Leningradi_Edasi_toimetus, lk 30
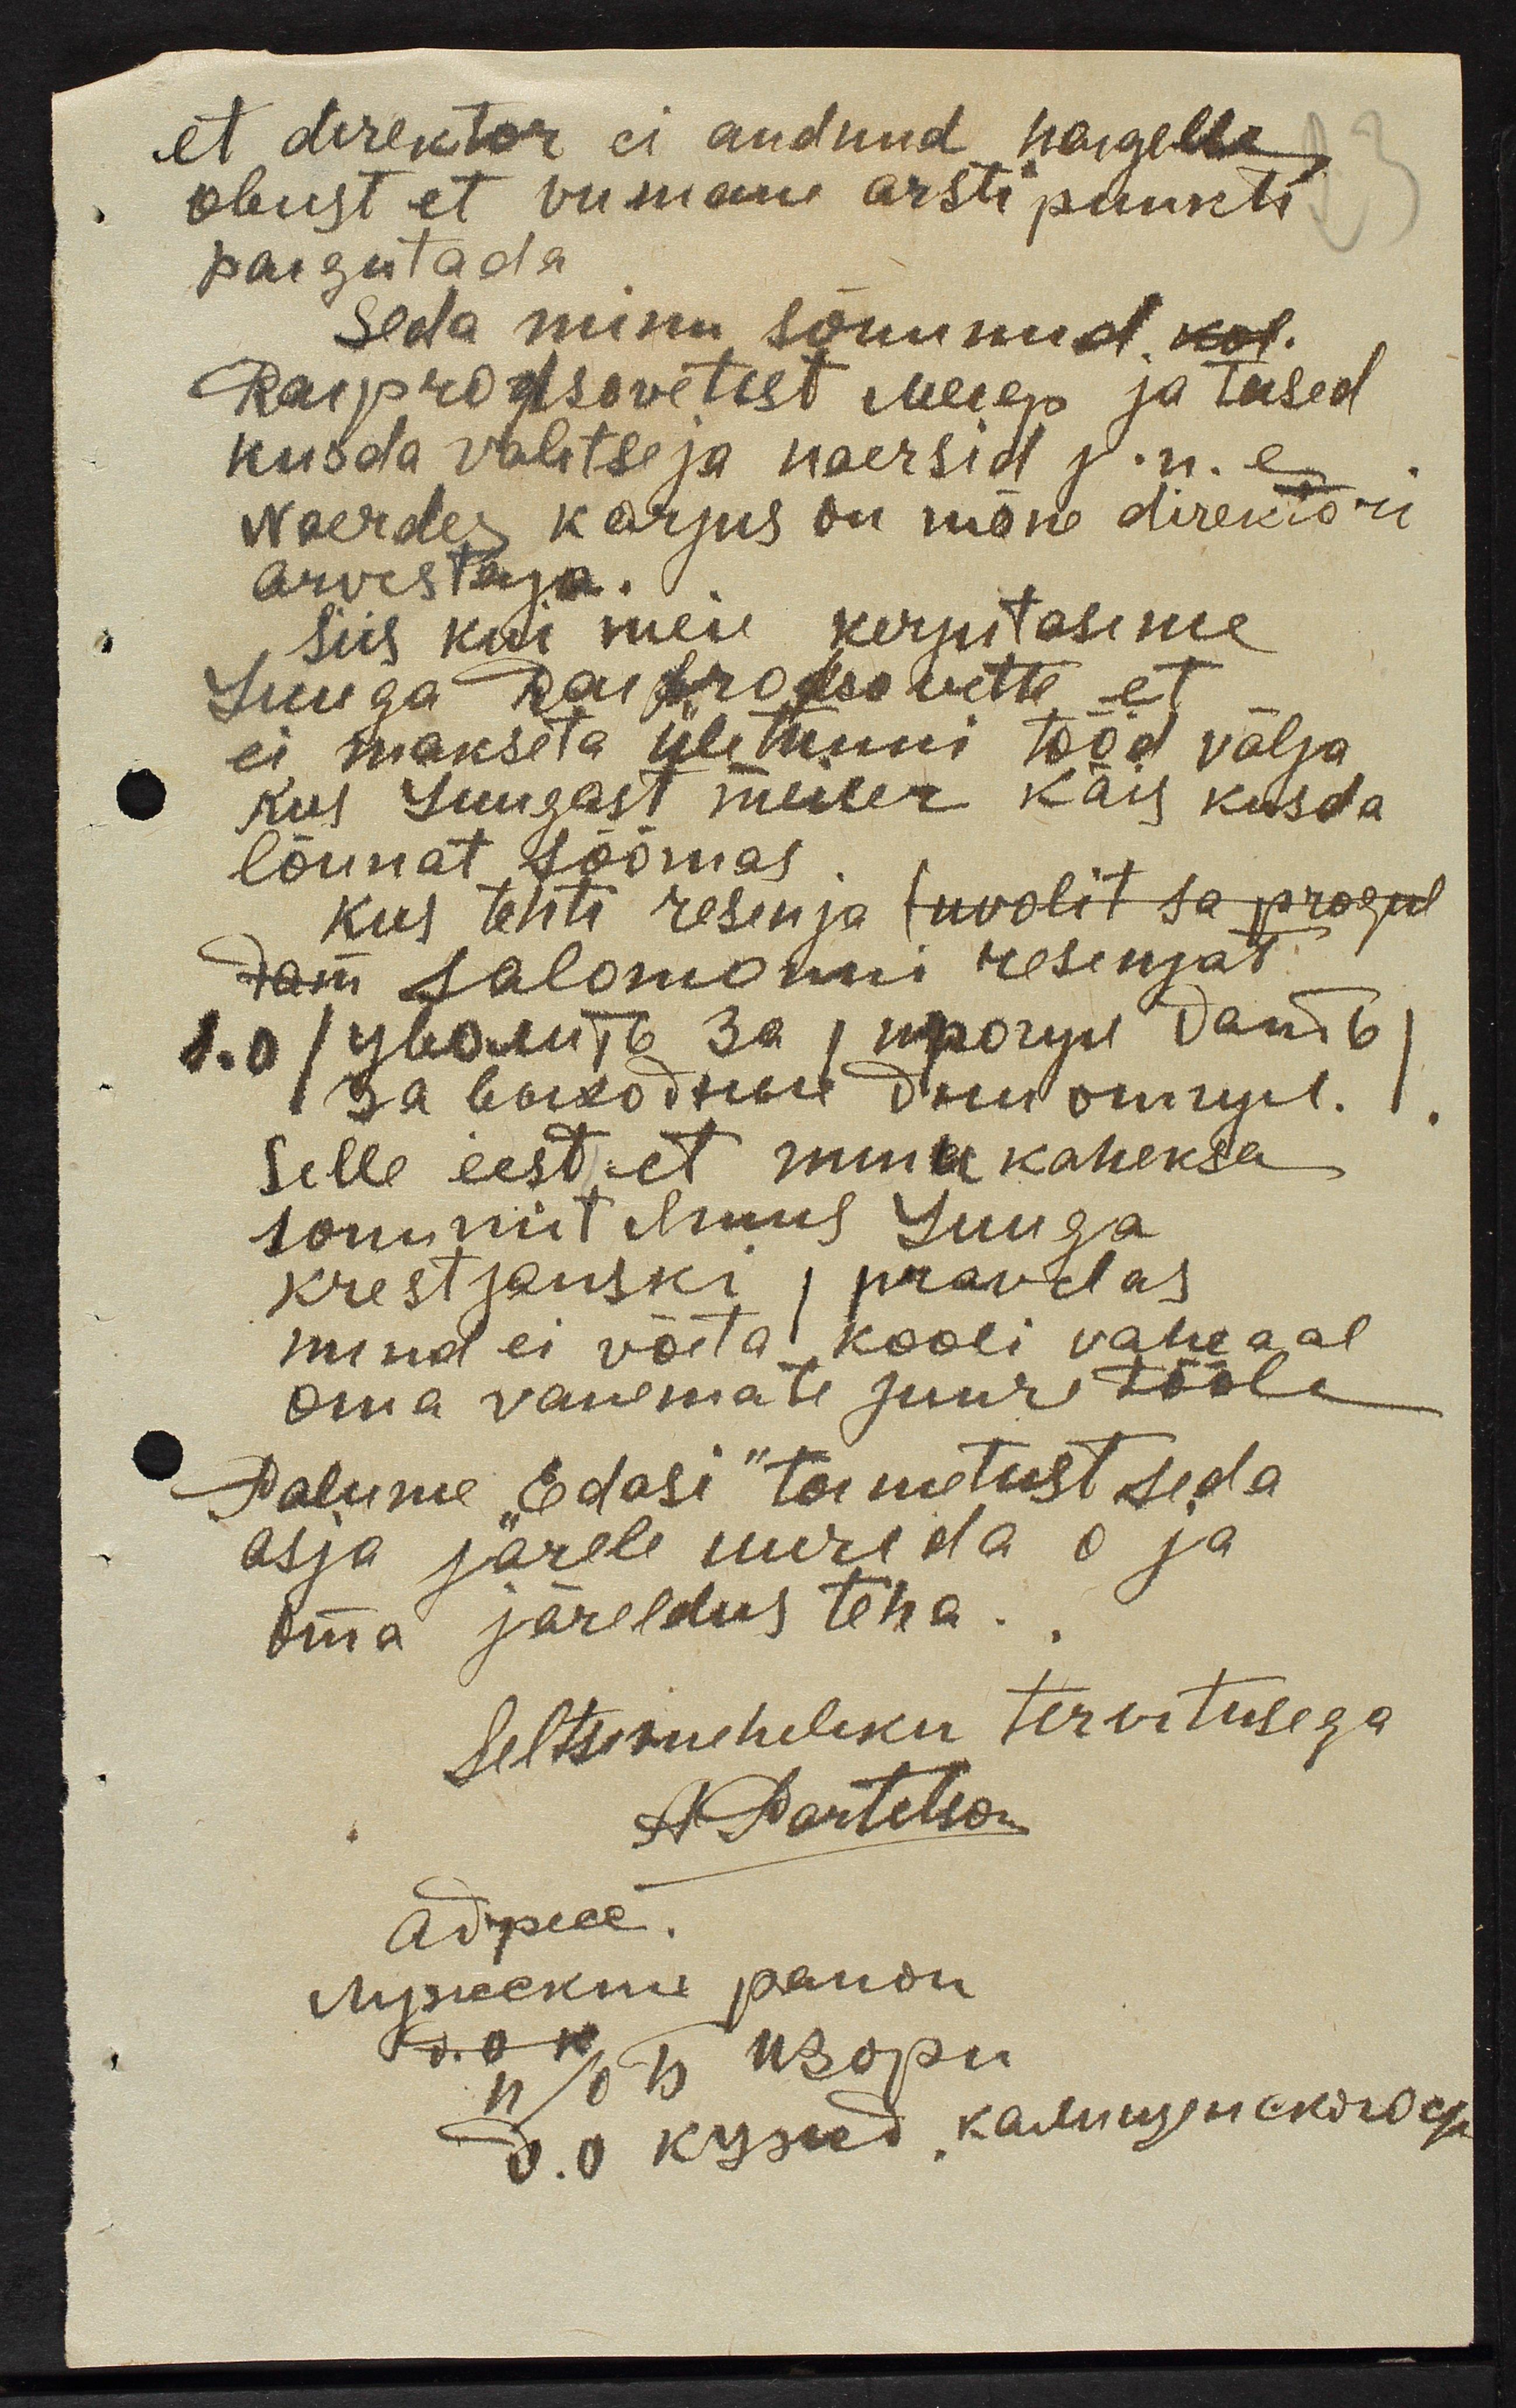
et direktor ei andnud haigelle
obust et viimane arsti punkti
paigutada.
seda minu sõnunud kol.
Rasprotsovetest Meiep ja teised
kusda valitseja naersid j.n.e.
Naerdes karjus on mõne direktori
arvestaja.
siis kui meie kerjutasime,
Luuga Raufroksovette et
ei makseta ületunni tööd välja
kus Suugast meiser käis kusda
lõunat söömas
kus tehti resenja (uvolit sa pragul
sam salomonni resenjad,
s.o (увомъ ъ за, прочуи" dand 6)
1sa bükidsuse deurõmmul.
Selle eest et mina kaheksa
sonumit kuus Luuga
krestjanski pravdas
mind ei võita kooli vaheaal
oma vanemate juure tööle
Palume "Edasi" toimetust seda
asja järele uurida o ja
Oma järeldus teha.
Seltsimeheliku tervitusega
A. Partetson